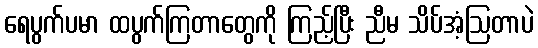
ရေပွက်ပမာ ထပွက်ကြတာတွေကို ကြည့်ပြီး ညီမ သိပ်အံ့ဩတာပဲ